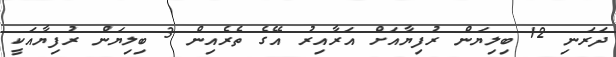
ދަރަނި 12 ބިލިޔަން ރުފިޔާއަށް އަރާއިރު އޭގެ ތެރެއިން 3 ބިލިޔަން ރުފިޔާއަކީ